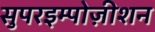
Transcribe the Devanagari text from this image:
सुपरइम्पोज़ीशन